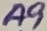
Text: A9